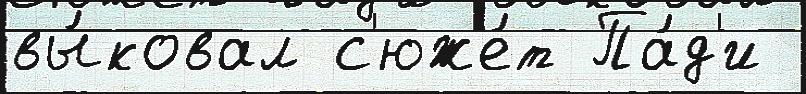
вы́ковал с'юже́т Па́д'и